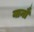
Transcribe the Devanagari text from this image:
यानौं